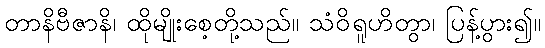
တာနိဗီဇာနိ၊ ထိုမျိုးစေ့တို့သည်။ သံဝိရူဟိတွာ၊ ပြန့်ပွား၍။